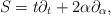
LaTeX: \begin{align*}S = t \partial_t + 2 \alpha \partial_\alpha,\end{align*}